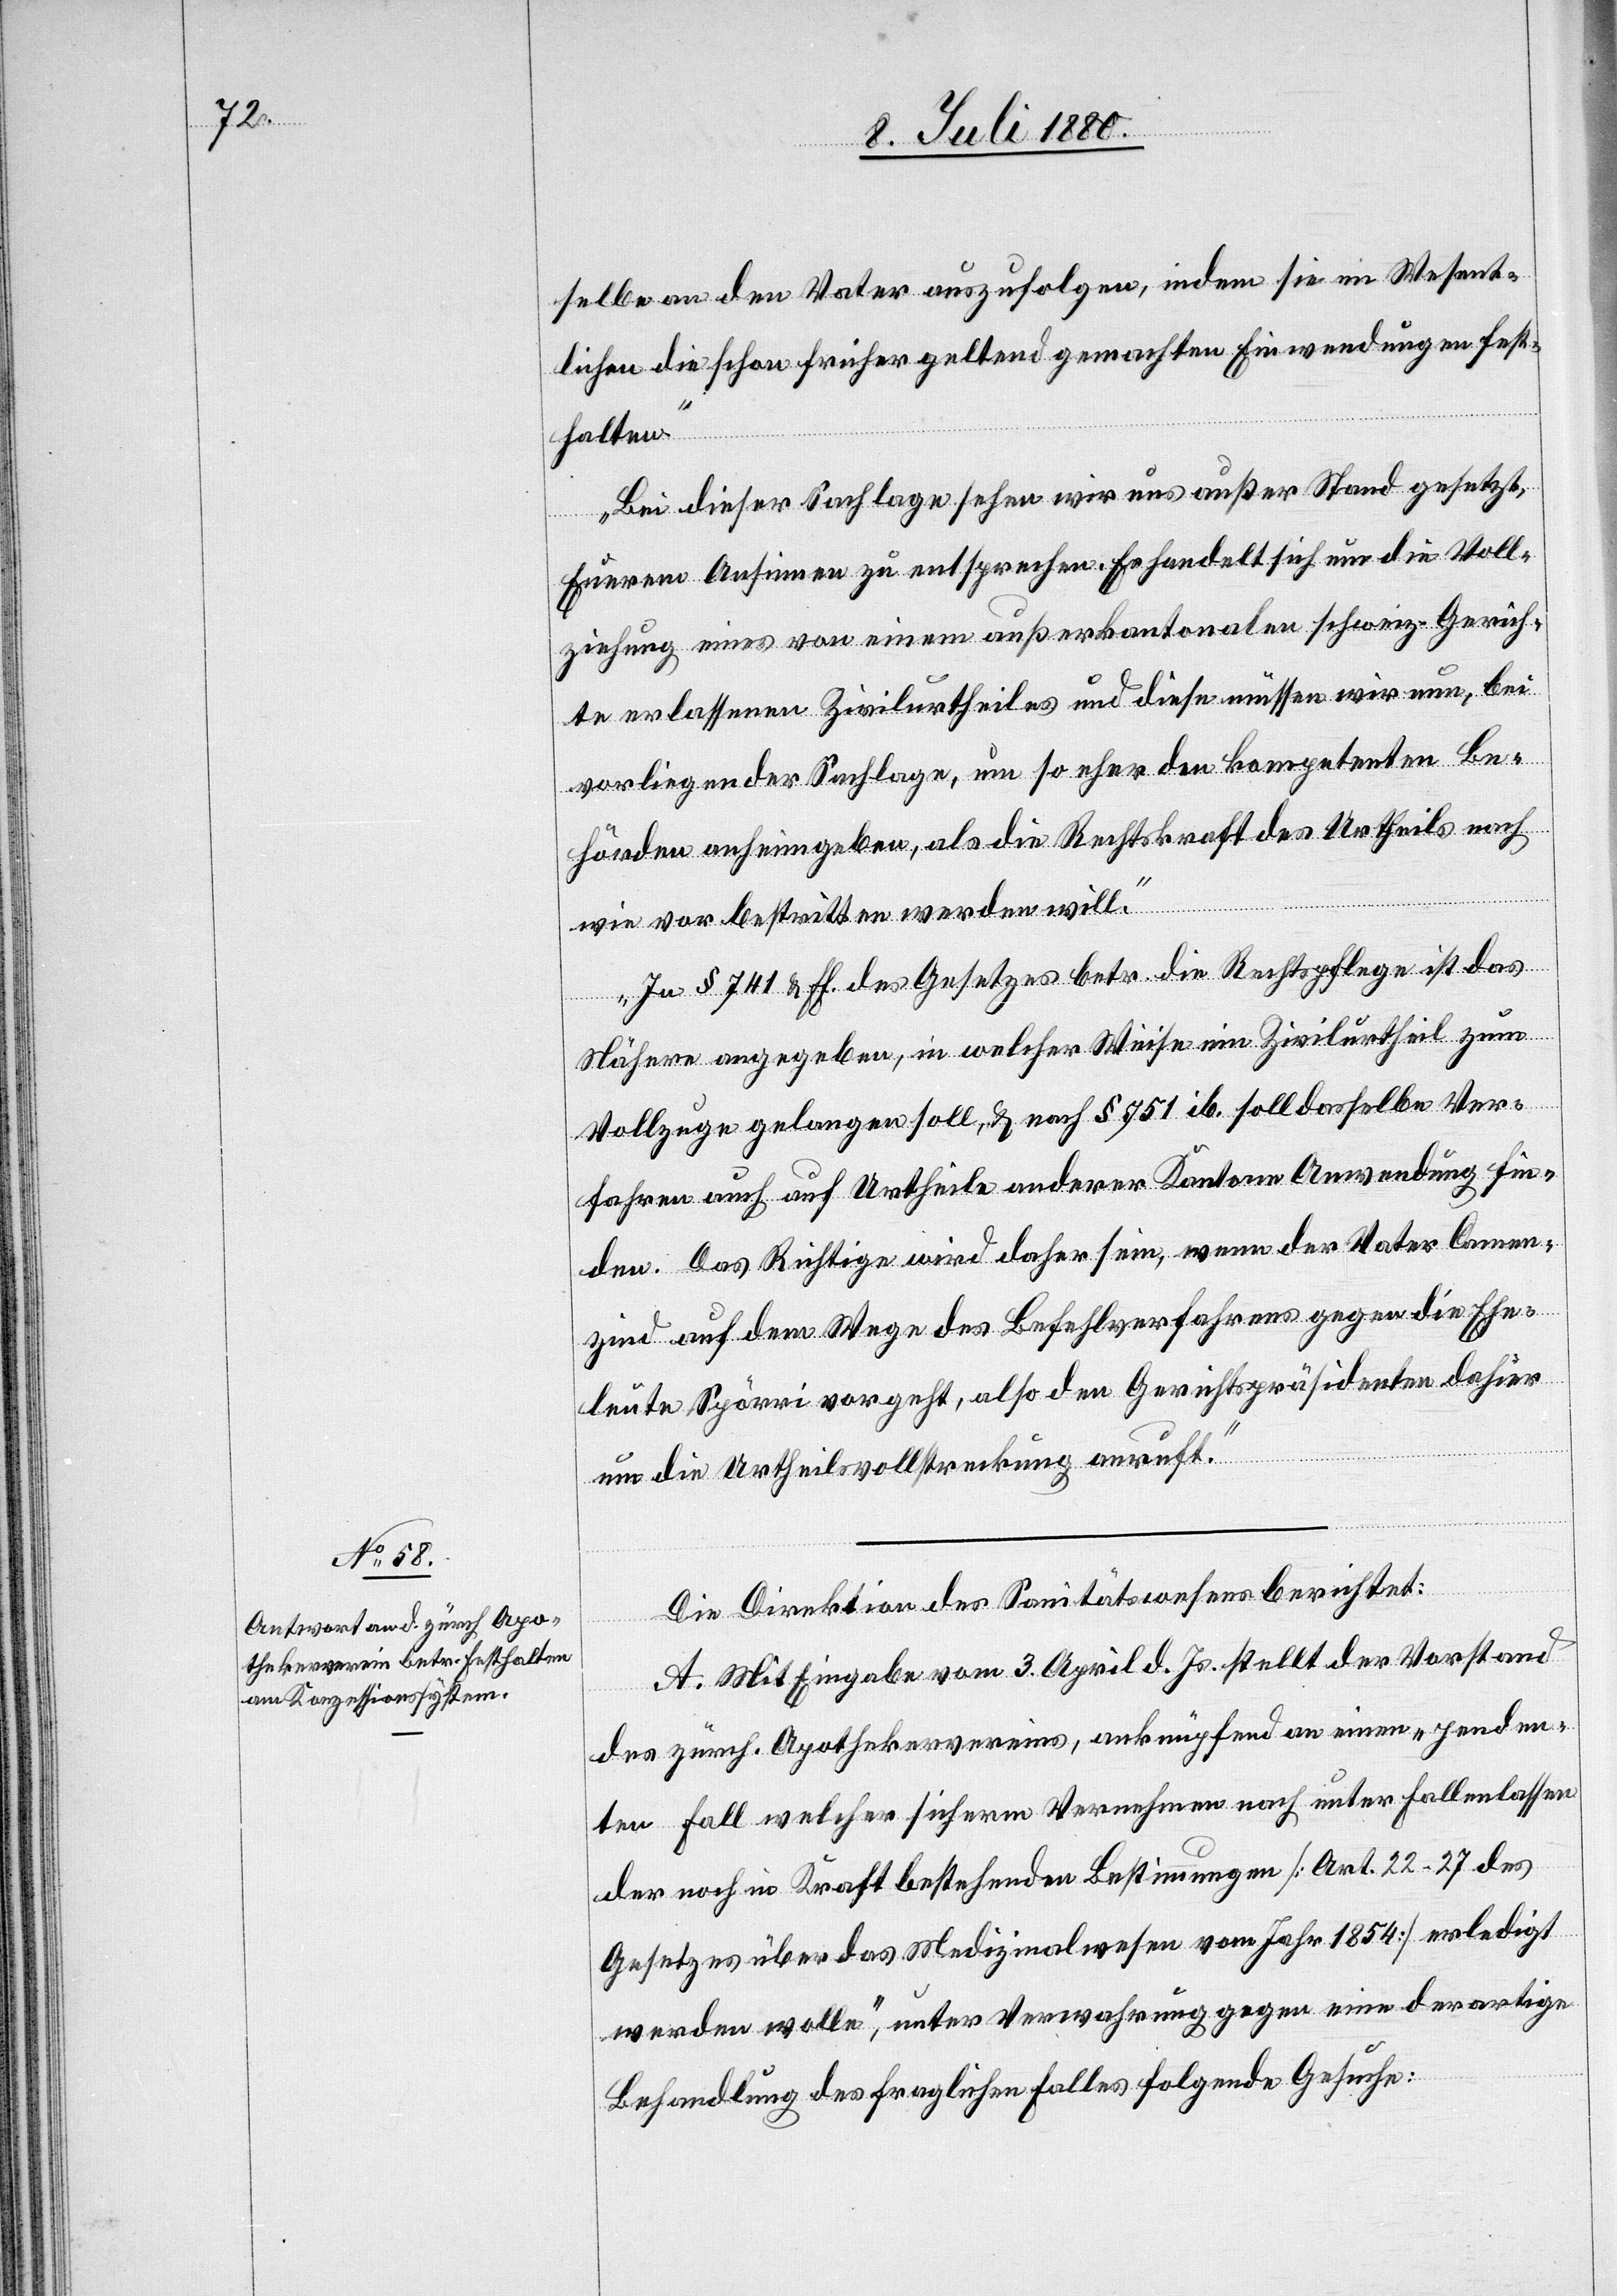
selbe an den Vater auszufolgen, indem sie im Wesent¬
lichen die schon früher geltend gemachten Einwendungen fest¬
halten.
Bei dieser Sachlage sehen wir uns außer Stand gesetzt,
Euerem Ansinnen zu entsprechen. Es handelt sich um die Voll¬
ziehung eines von einem außerkantonalen schweiz. Gerich¬
te erlassenen Zivilurtheiles und diese müssen wir nun, bei
vorliegender Sachlage, um so eher den kompetenten Be¬
hörden anheimgeben, als die Rechtskraft des Urtheils nach
wie vor bestritten werden will.
In § 741 & ff. des Gesetzes betr. die Rechtspflege ist das
Nähere angegeben, in welcher Weise im Zivilurheil zum
Vollzuge gelangen soll, & nach § 751 ib. soll dasselbe Ver¬
fahren auch auf Urtheile anderer Kantone Anwendung fin¬
den. Das Richtige wird daher sein, wenn der Vater Camen¬
zind auf dem Wege des Befehlverfahrens gegen die Ehe¬
leute Spörri vorgeht, also den Gerichtspräsidenten dahier
um die Urtheilsvollstreckung anruft.“